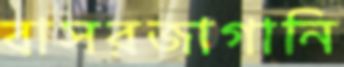
বাসরজাগানি